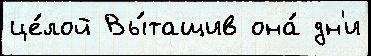
це́лой Вы́тащив она́ дн'и